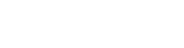
ပို ထည့်ပေးမယ်ဆို။